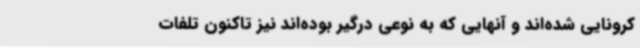
کرونایی شده‌اند و آنهایی که به نوعی درگیر بوده‌اند نیز تاکنون تلفات